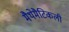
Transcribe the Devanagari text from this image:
मैथेमैटिकली